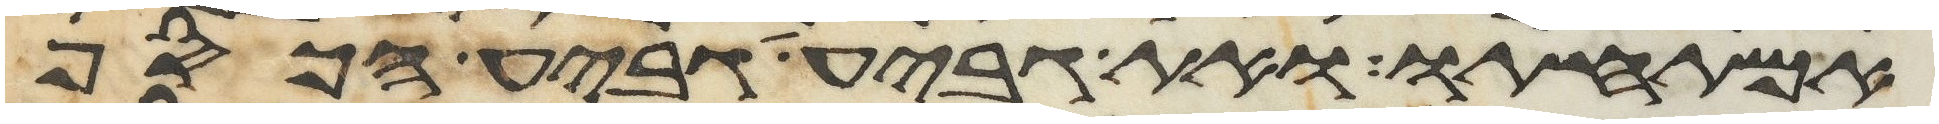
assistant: אמתחתו ואת גביע גביע הכסף